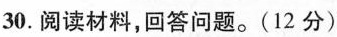
30.阅读材料，回答问题。(12分)